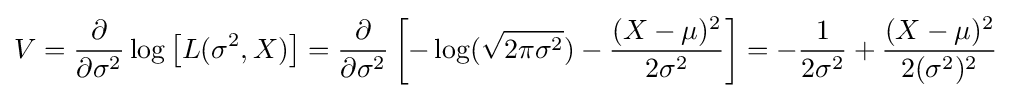
V={\frac {\partial }{\partial \sigma ^{2}}}\log \left[L(\sigma ^{2},X)\right]={\frac {\partial }{\partial \sigma ^{2}}}\left[-\log({\sqrt {2\pi \sigma ^{2}}})-{\frac {(X-\mu )^{2}}{2\sigma ^{2}}}\right]=-{\frac {1}{2\sigma ^{2}}}+{\frac {(X-\mu )^{2}}{2(\sigma ^{2})^{2}}}